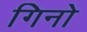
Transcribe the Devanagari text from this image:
गिनो